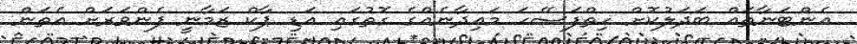
އެންޓަނާތައް ބަދަލުކޮށް ހިތްފަސޭހަ މައިދާނެއްގެ ގޮތުގައި އަޑި ޕާކް ޒަމާނީ ފެންވަރަށް އެތަން